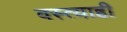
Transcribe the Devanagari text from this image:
वस्त्याही